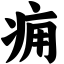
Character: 痈